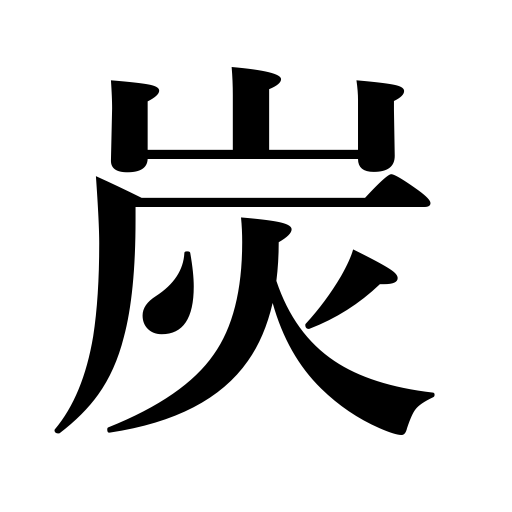
Meanings: coal,charcoal